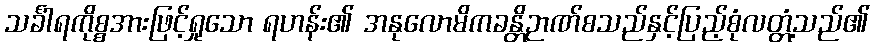
သင်္ခါရကိုစ္စအားဖြင့်ရှုသော ရဟန်း၏ အနုလောမိကခန္တိဉာဏ်စသည်နှင့်ပြည့်စုံလတ္တံ့သည်၏